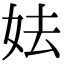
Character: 𡛠